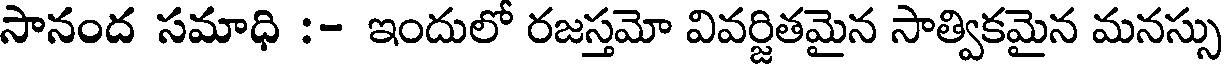
సానంద సమాధి :- ఇందులో రజస్తమో వివర్జితమైన సాత్వికమైన మనస్సు